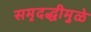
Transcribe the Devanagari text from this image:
समृदद्धीमुळे